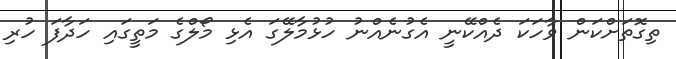
ތިގޮތަށްކަން ވާހަކަ ދެއްކޭނީ އެގުނެއްނު ހުޅުމާލޭގަ އެޅި މޯލްގެ މަތީގައި ހަދާފަ ހުރި